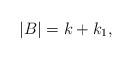
LaTeX: \begin{align*}|B|=k+k_1,\end{align*}